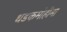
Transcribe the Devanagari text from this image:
धडकमोहीमा